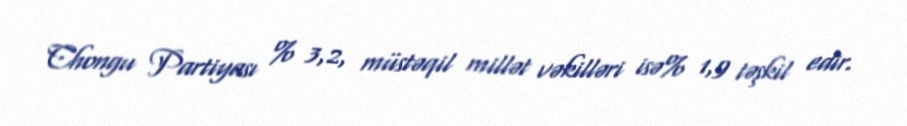
Chongu Partiyası % 3,2, müstəqil millət vəkilləri isə% 1,9 təşkil edir.